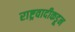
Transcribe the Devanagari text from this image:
राष्ट्रवादीकडून